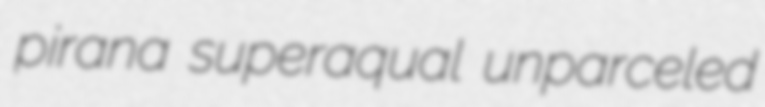
pirana superaqual unparceled